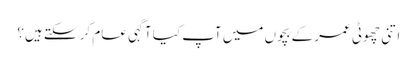
اتنی چھوٹی عمر کے بچوں میں آپ کیا آگہی عام کر سکتے ہیں؟